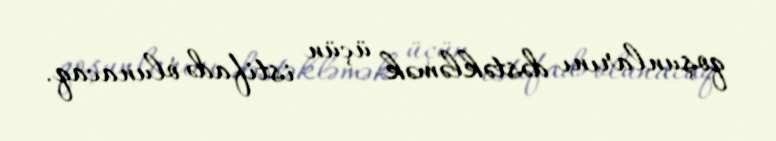
qoşunlarını dəstəkləmək üçün istifadə olunacaq.